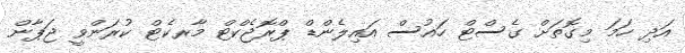
އަދި ހަމަ މިގޮތަށް ގެސްޓް ހައުސް އަައިލެންޑް ޕްރޮޖެކްޓް މާރކެޓް ކުރަންވީ ޖަޕާން